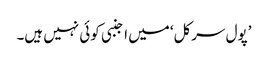
’پول سرکل‘ میں اجنبی کوئی نہیں ہیں۔